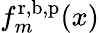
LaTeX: f_{m}^{\mathrm{r},\mathrm{b},\mathrm{p}}(x)